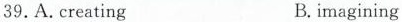
39. A. Creating B. imagining